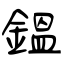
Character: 鎾